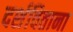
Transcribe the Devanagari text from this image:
दर्शविताना